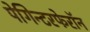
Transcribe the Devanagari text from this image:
पेगिन्टरफेरॉन